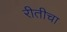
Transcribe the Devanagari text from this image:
रीतीचा